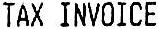
TAX INVOICE